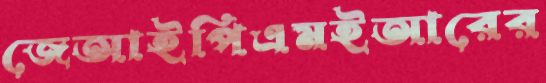
জেআইপিএমইআরের